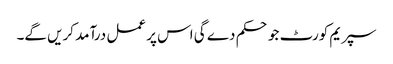
سپریم کورٹ جو حکم دے گی اس پر عمل درآمد کریں گے۔